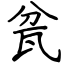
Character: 瓫